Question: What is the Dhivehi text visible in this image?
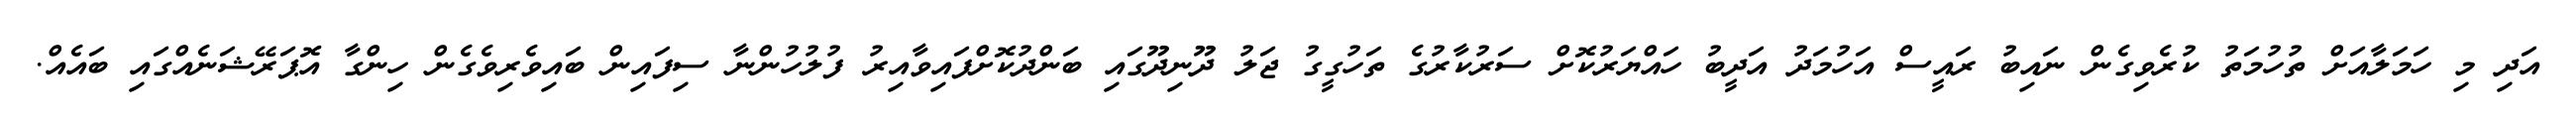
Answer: އަދި މި ހަމަލާއަށް ތުހުމަތު ކުރެވިގެން ނައިބު ރައީސް އަހުމަދު އަދީބު ހައްޔަރުކޮށް ސަރުކާރުގެ ތަހުގީގު ޖަލު ދޫނިދޫގައި ބަންދުކޮށްފައިވާއިރު ފުލުހުންނާ ސިފައިން ބައިވެރިވެގެން ހިންގާ އޮޕަރޭޝަނެއްގައި ބައެއް.